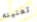
تعنينه